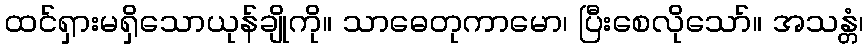
ထင်ရှားမရှိသောယုန်ချိုကို။ သာဓေတုကာမော၊ ပြီးစေလိုသော်။ အသန္တံ၊